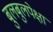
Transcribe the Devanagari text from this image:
बुलबुलपेक्षा